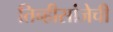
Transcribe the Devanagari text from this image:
तिन्हीसांजेची